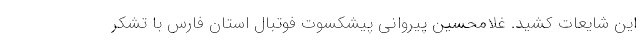
این شایعات کشید. غلامحسین پیروانی پیشکسوت فوتبال استان فارس با تشکر